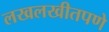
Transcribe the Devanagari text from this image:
लखलखीतपणे